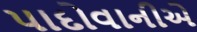
પાદોવાનીએ